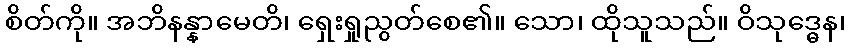
စိတ်ကို။ အဘိနန္နာမေတိ၊ ရှေးရှုညွတ်စေ၏။ သော၊ ထိုသူသည်။ ဝိသုဒ္ဓေန၊